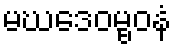
မဃဒေဝမ္ဗဝနံ